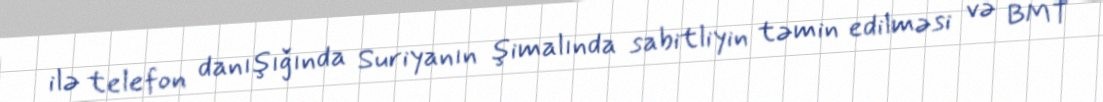
ilə telefon danışığında Suriyanın şimalında sabitliyin təmin edilməsi və BMT